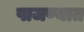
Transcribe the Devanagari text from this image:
पाजण्यात